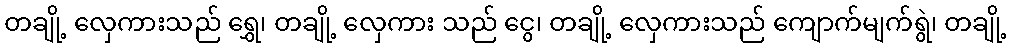
တချို့ လှေကားသည် ရွှေ၊ တချို့ လှေကား သည် ငွေ၊ တချို့ လှေကားသည် ကျောက်မျက်ရွဲ၊ တချို့